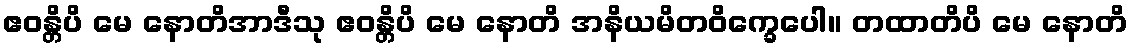
ဧဝန္တိပိ မေ နောတိအာဒီသု ဧဝန္တိပိ မေ နောတိ အနိယမိတဝိက္ခေပေါ။ တထာတိပိ မေ နောတိ